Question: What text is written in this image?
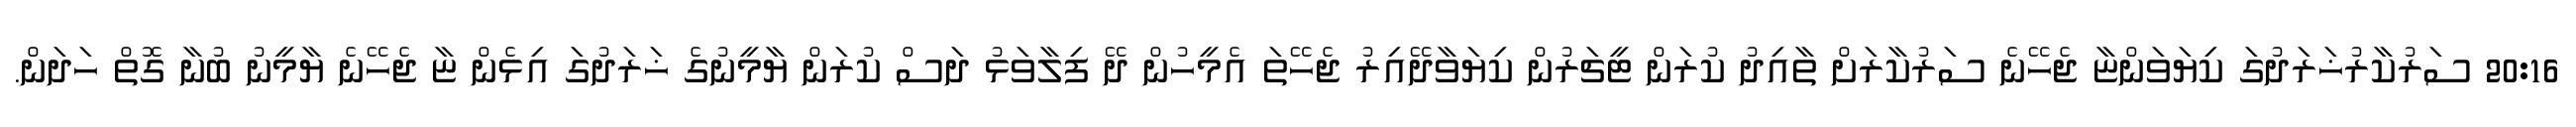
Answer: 20:16 ސަރުކާރުޚަރަދުގަ ކިޔަވަންޏާ ޖެހޭނެ ސަރުކާރަށް ތާއިދު ކުރަން ޓީޗަރުން ކިޔަވާދޭއިރު ޖެހޭތަ އެމީހުން ދޭ ފިލާވަޅު ދަސް ކުރަން ޔާމީނުގެ ޚަރަދުގަ އިޅެން ޏާ ޖެހޭނެ ޔާމީނު ބުނާ ގޮތް ހަދަން.